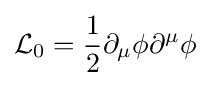
{\mathcal {L}}_{0}={\frac {1}{2}}\partial _{\mu }\phi \partial ^{\mu }\phi